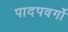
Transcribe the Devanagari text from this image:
पादपवर्गो